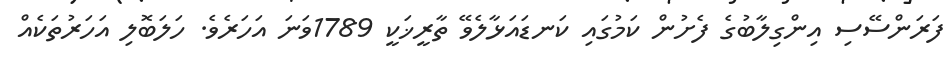
ފަރަންސޭސި އިންގިލާބުގެ ފެށުން ކަމުގައި ކަނޑައަޅާލެވޭ ތާރީޚަކީ 1789ވަނަ އަހަރެވެ. ހަލަބޮލި އަހަރުތަކެއް